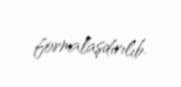
formalaşdırılıb.